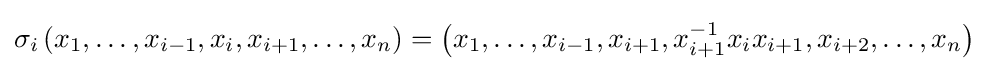
\sigma _{i}\left(x_{1},\ldots ,x_{i-1},x_{i},x_{i+1},\ldots ,x_{n}\right)=\left(x_{1},\ldots ,x_{i-1},x_{i+1},x_{i+1}^{-1}x_{i}x_{i+1},x_{i+2},\ldots ,x_{n}\right)